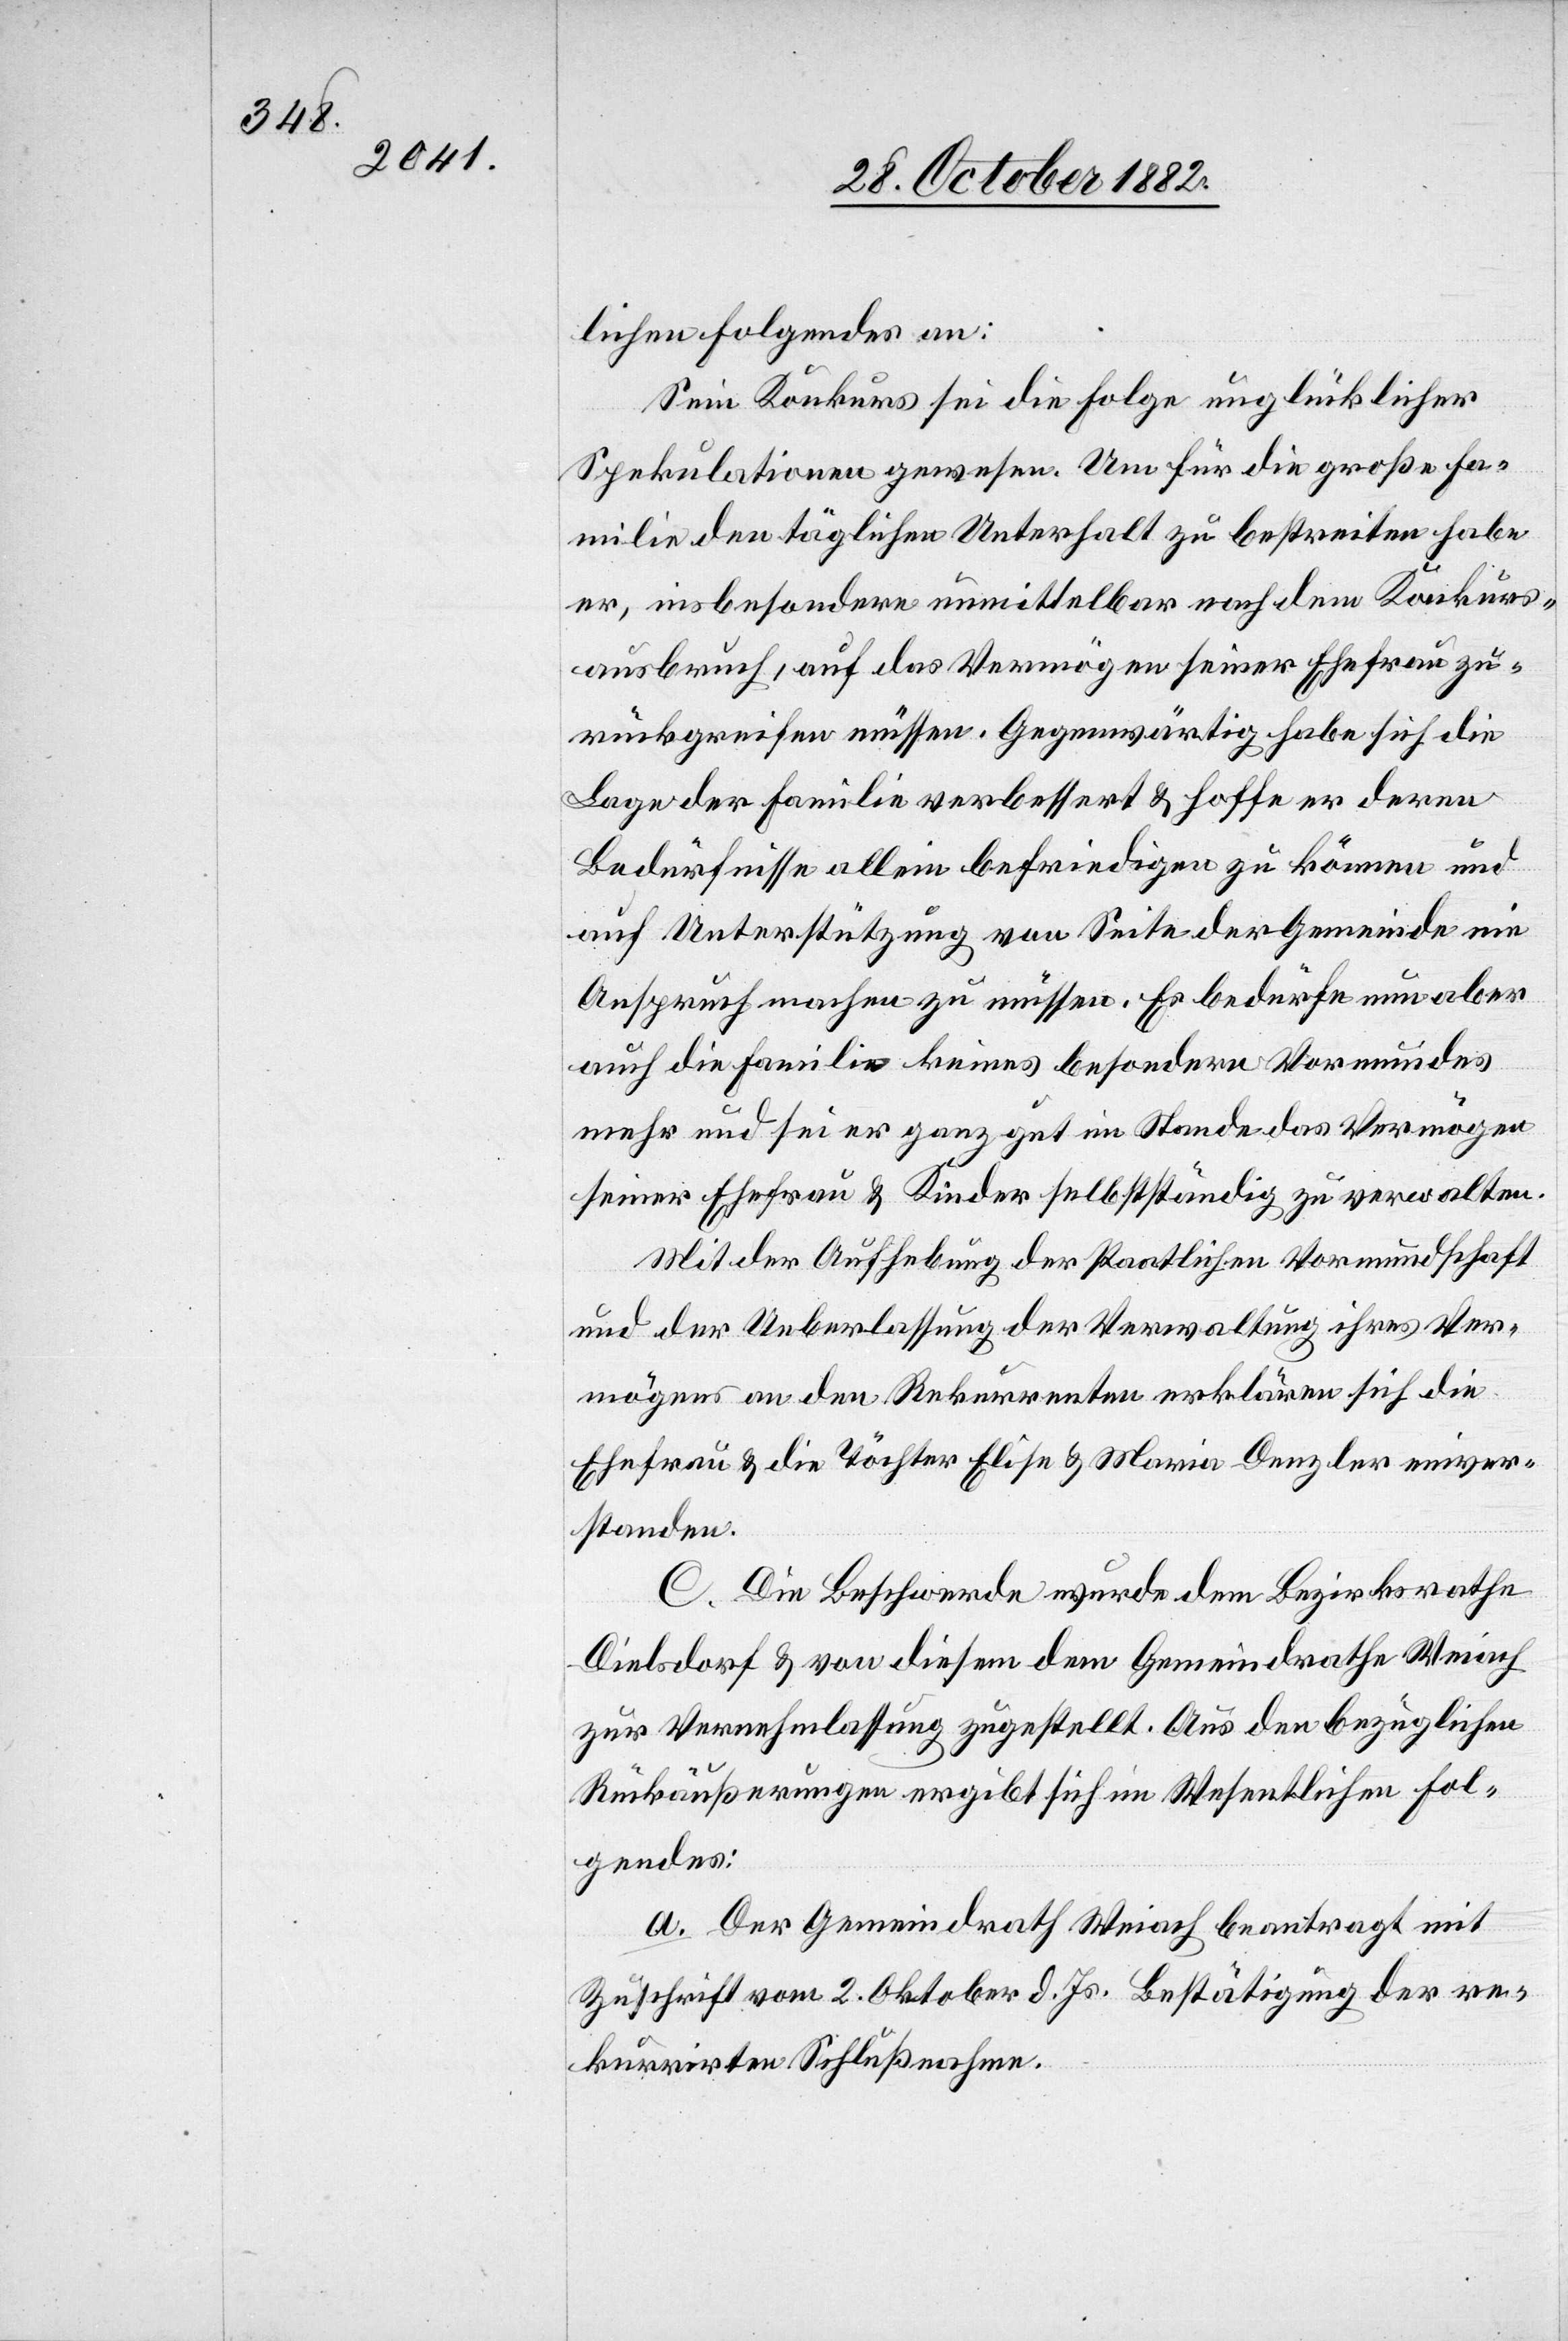
lichen Folgendes an:
Sein Konkurs sei die Folge unglücklicher
Spekulationen gewesen. Um für die große Fa¬
milie den täglichen Unterhalt zu bestreiten habe
er, insbesondere unmittelbar nach dem Konkurs¬
ausbruch, auf das Vermögen seiner Ehefrau zu¬
rückgreifen müssen. Gegenwärtig habe sich die
Lage der Familie verbessert & hoffe er deren
Bedürfnisse allein befriedigen zu können und
auf Unterstützung von Seite der Gemeinde nie
Anspruch machen zu müssen. Es bedürfe nun aber
auch die Familie keines besondern Vormundes
mehr und sei er ganz gut im Stande das Vermögen
seiner Ehefrau & Kinder selbstständig zu verwalten.
Mit Aufhebung der staatlichen Vormundschaft
und der Ueberlassung der Verwaltung ihres Ver¬
mögens an den Rekurrenten erklärten sich die
Ehefrau & die Töchter Elise & Maria Denzler einver¬
standen.
C. Die Beschwerde wurde dem Bezirksrathe
Dielsdorf & von diesem dem Gemeindrathe Weiach
zur Vernehmlassung zugestellt. Aus den bezüglichen
Rückäußerungen ergibt sich im Wesentlichen Fol¬
gendes:
a. Der Gemeindrath Weiach beantragt mit
Zuschrift vom 2. Oktober d. Js. Bestätigung der re¬
kurrirten Schlußnahme.